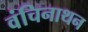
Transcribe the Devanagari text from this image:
वंचिनाथन